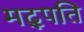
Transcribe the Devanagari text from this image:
मद्पति